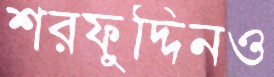
শরফুদ্দিনও